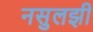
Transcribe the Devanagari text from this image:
नसुलझी